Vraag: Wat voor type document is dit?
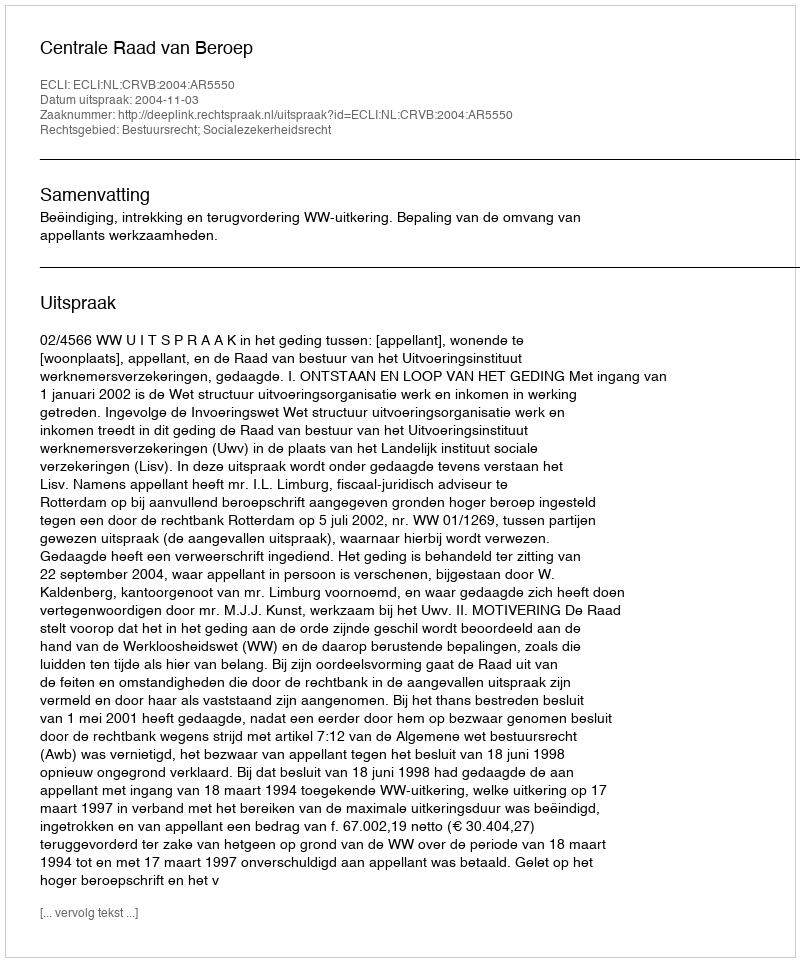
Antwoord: Uitspraak